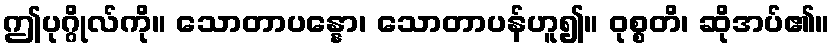
ဤပုဂ္ဂိုလ်ကို။ သောတာပန္နော၊ သောတာပန်ဟူ၍။ ဝုစ္စတိ၊ ဆိုအပ်၏။